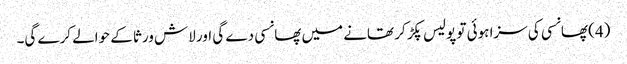
(4) پھانسی کی سزا ہوئی تو پولیس پکڑ کر تھانے میں پھانسی دے گی اور لاش ورثا کے حوالے کرے گی۔